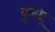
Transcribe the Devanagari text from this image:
पुलोटू